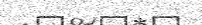
-